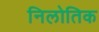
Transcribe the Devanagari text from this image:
निलोतिक